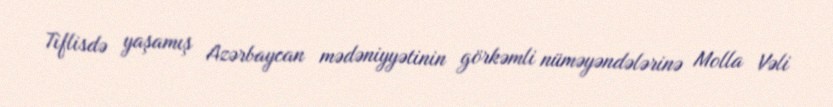
Tiflisdə yaşamış Azərbaycan mədəniyyətinin görkəmli nüməyəndələrinə Molla Vəli